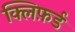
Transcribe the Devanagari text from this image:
क्लिफ़र्ड